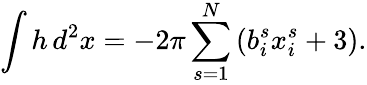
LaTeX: \int h\, d^{2}x=-2\pi\sum_{s=1}^{N}\left(b_{i}^{s}x_{i}^{s}+3\right).